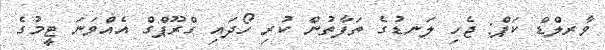
ވާރލްޑް ކަޕް: ޖެހި ލަނޑުގެ ތަފާތުން ކުރި ހޯދައި ގްރޫޕްގް އެއްވަނަ ޓީމުގެ